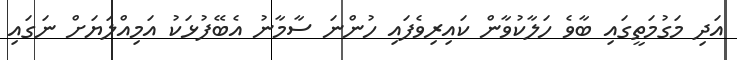
އަދި މަގުމަތީގައި ބާވެ ހަލާކުވާން ކައިރިވެފައި ހުންނަ ސާމާނު އެބޭފުޅަކު އަމިއްލަޔަށް ނަގައި